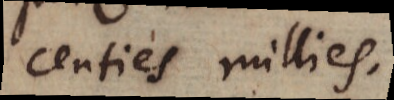
centies millies.